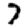
Digit: 7